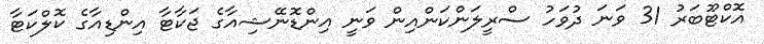
އޮކްޓޫބަރު 31 ވަނަ ދުވަހު ސްރީލަންކަންއިން ވަނީ އިންޑޮނޭޝިއާގެ ޖަކާޓާ އިންޑިއާގެ ކޮލްކަޓާ